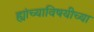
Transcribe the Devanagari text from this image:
ह्यांच्याविषयीच्या